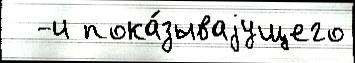
  -и пока́зываjущего